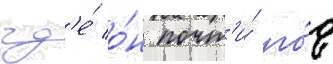
гд'е́ о́н почт'и́ го́д